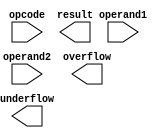
module TriplePrecisionFloatingPointUnit (
    input wire [63:0] operand1,
    input wire [63:0] operand2,
    input wire [2:0] opcode,
    output reg [127:0] result,
    output reg overflow,
    output reg underflow
);

// Define constants for IEEE 754 standard
parameter EXPONENT_BIAS = 1023;
parameter MANTISSA_WIDTH = 52;

// Define signals for mantissa, exponent, and sign
reg [51:0] mantissa1, mantissa2, mantissa_result;
reg [10:0] exponent1, exponent2, exponent_result;
reg sign1, sign2, sign_result;

// Split operands into mantissa, exponent, and sign
assign mantissa1 = operand1[51:0];
assign exponent1 = operand1[62:52];
assign sign1 = operand1[63];
assign mantissa2 = operand2[51:0];
assign exponent2 = operand2[62:52];
assign sign2 = operand2[63];

always @(*) begin
    // Implement arithmetic operation based on opcode
    case(opcode)
        3'b000: begin // Addition
            // Perform addition operation
            // Implement logic for addition
        end
        3'b001: begin // Subtraction
            // Perform subtraction operation
            // Implement logic for subtraction
        end
        3'b010: begin // Multiplication
            // Perform multiplication operation
            // Implement logic for multiplication
        end
        3'b011: begin // Division
            // Perform division operation
            // Implement logic for division
        end
        // Add more cases for other arithmetic operations
    endcase
end

// Combine mantissa, exponent, and sign into result
always @(*) begin
    // Implement logic to combine mantissa, exponent, and sign into final result
end

// Implement error handling and rounding modes

endmodule